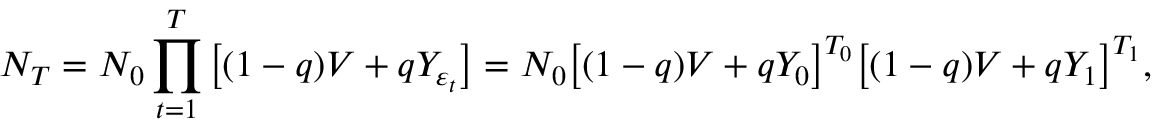
N _ { T } = N _ { 0 } \prod _ { t = 1 } ^ { T } \big [ ( 1 - q ) V + q Y _ { \varepsilon _ { t } } \big ] = N _ { 0 } \big [ ( 1 - q ) V + q Y _ { 0 } \big ] ^ { T _ { 0 } } \big [ ( 1 - q ) V + q Y _ { 1 } \big ] ^ { T _ { 1 } } ,